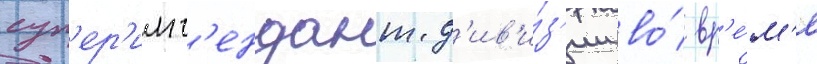
суп'ер'инт'ендант д'ив'и́з'ии во́ вр'е́м'я